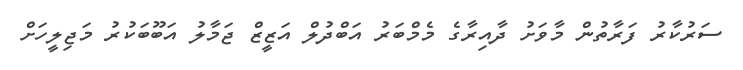
ސަރުކާރު ފަރާތުން މާވަށު ދާއިރާގެ މެމްބަރު އަބްދުލް އަޒީޒް ޖަމާލު އަބޫބަކުރު މަޖިލީހަށް